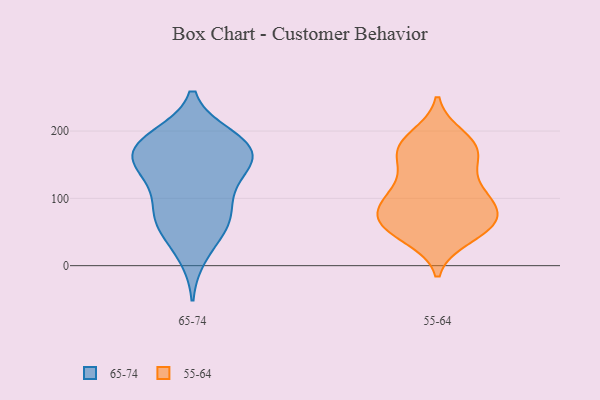
{"axis": {"x": "Production Output", "y": "Value"}, "legend": ["55-64", "65-74"], "data": [{"x": "", "y": 164, "type": "65-74"}, {"x": "", "y": 59, "type": "65-74"}, {"x": "", "y": 16, "type": "65-74"}, {"x": "", "y": 57, "type": "65-74"}, {"x": "", "y": 190, "type": "65-74"}, {"x": "", "y": 128, "type": "65-74"}, {"x": "", "y": 177, "type": "65-74"}, {"x": "", "y": 153, "type": "65-74"}, {"x": "", "y": 135, "type": "65-74"}, {"x": "", "y": 191, "type": "65-74"}, {"x": "", "y": 150, "type": "65-74"}, {"x": "", "y": 175, "type": "65-74"}, {"x": "", "y": 90, "type": "65-74"}, {"x": "", "y": 175, "type": "65-74"}, {"x": "", "y": 87, "type": "65-74"}, {"x": "", "y": 66, "type": "65-74"}, {"x": "", "y": 103, "type": "55-64"}, {"x": "", "y": 72, "type": "55-64"}, {"x": "", "y": 159, "type": "55-64"}, {"x": "", "y": 57, "type": "55-64"}, {"x": "", "y": 104, "type": "55-64"}, {"x": "", "y": 88, "type": "55-64"}, {"x": "", "y": 66, "type": "55-64"}, {"x": "", "y": 43, "type": "55-64"}, {"x": "", "y": 66, "type": "55-64"}, {"x": "", "y": 113, "type": "55-64"}, {"x": "", "y": 51, "type": "55-64"}, {"x": "", "y": 182, "type": "55-64"}, {"x": "", "y": 131, "type": "55-64"}, {"x": "", "y": 172, "type": "55-64"}, {"x": "", "y": 173, "type": "55-64"}, {"x": "", "y": 60, "type": "55-64"}, {"x": "", "y": 170, "type": "55-64"}, {"x": "", "y": 91, "type": "55-64"}, {"x": "", "y": 191, "type": "55-64"}]}